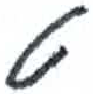
אות: ט